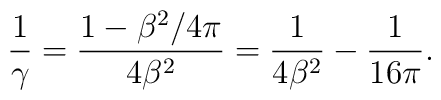
{1\over\gamma} = {1 - \beta^2/4\pi\over4\beta^2} 	= {1\over4\beta^2} - {1\over16\pi}.